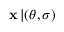
{ \bf x } \, | ( \boldsymbol \theta , \boldsymbol \sigma )